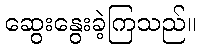
ဆွေးနွေးခဲ့ကြသည်။